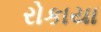
રોકાયા